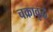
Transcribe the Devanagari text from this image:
चक्रावृद्ध